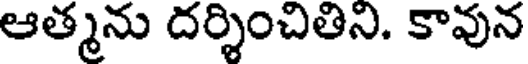
ఆత్మను దర్శించితిని. కావున